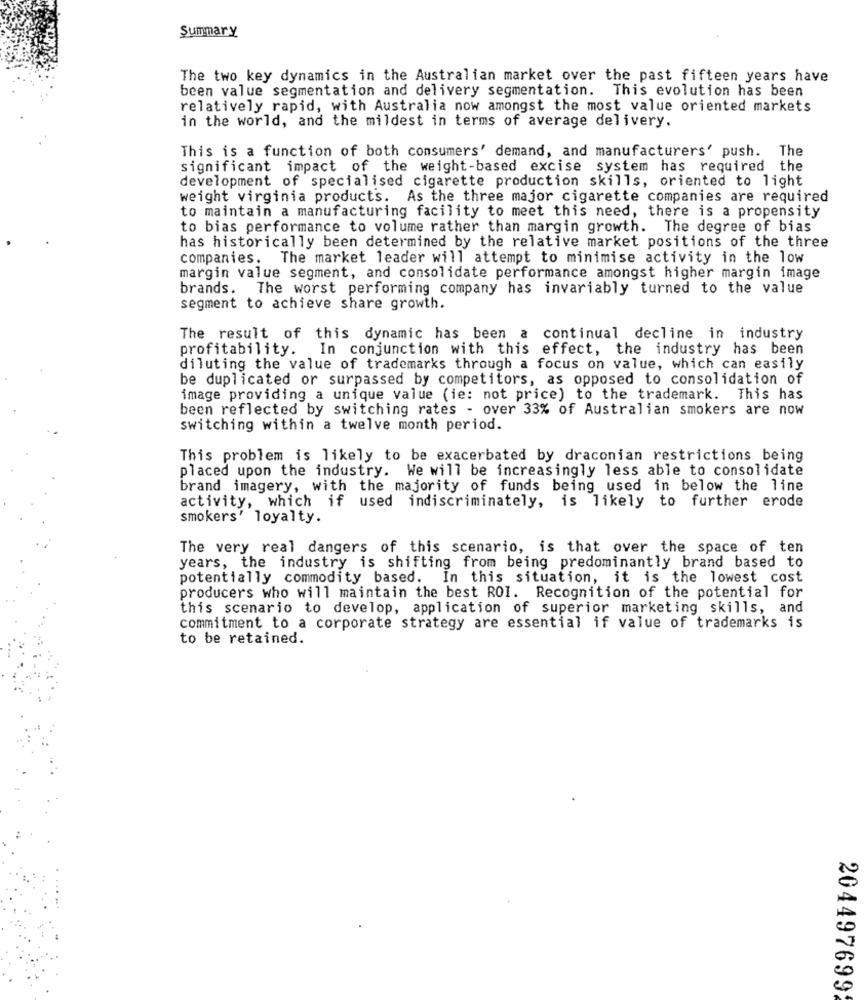
Summary
The two key dynamics in the Australian market over the past fifteen years have
been value segmentation and delivery segmentation. This evolution has been
relatively rapid, with Australia now amongst the most value oriented markets
in the world, and the mildest in terms of average delivery.
This is a function of both consumers' demand, and manufacturers' push. The
significant impact of the weight-based excise system has required the
development of specialised cigarette production skills, oriented to light
weight virginia products. As the three major cigarette companies are required
to maintain a manufacturing facility to meet this need, there is a propensity
to bias performance to volume rather than margin growth. The degree of bias
has historically been determined by the relative market positions of the three
companies. The market leader will attempt to minimise activity in the low
margin value segment, and consolidate performance amongst higher margin image
brands. The worst performing company has invariably turned to the value
segment to achieve share growth.
The result of this dynamic has been a continual decline in industry
profitability.
In conjunction with this effect, the industry has been
diluting the value of trademarks through a focus on value, which can easily
be duplicated or surpassed by competitors, as opposed to consolidation of
image providing a unique value (ie: not price) to the trademark. This has
been reflected by switching rates - over 33% of Australian smokers are now
switching within a twelve month period.
This problem is likely to be exacerbated by draconian restrictions being
placed upon the industry. We will be increasingly less able to consolidate
brand imagery, with the majority of funds being used in below the line
activity, which if used indiscriminately, is likely to further erode
smokers' loyalty.
The very real dangers of this scenario, is that over the space of ten
years, the industry is shifting from being predominantly brand based to
potentially commodity based.
In this situation, it is the lowest cost
producers who will maintain the best ROI. Recognition of the potential for
this scenario to develop, application of superior marketing skills, and
commitment to a corporate strategy are essential if value of trademarks is
to be retained.
204497699